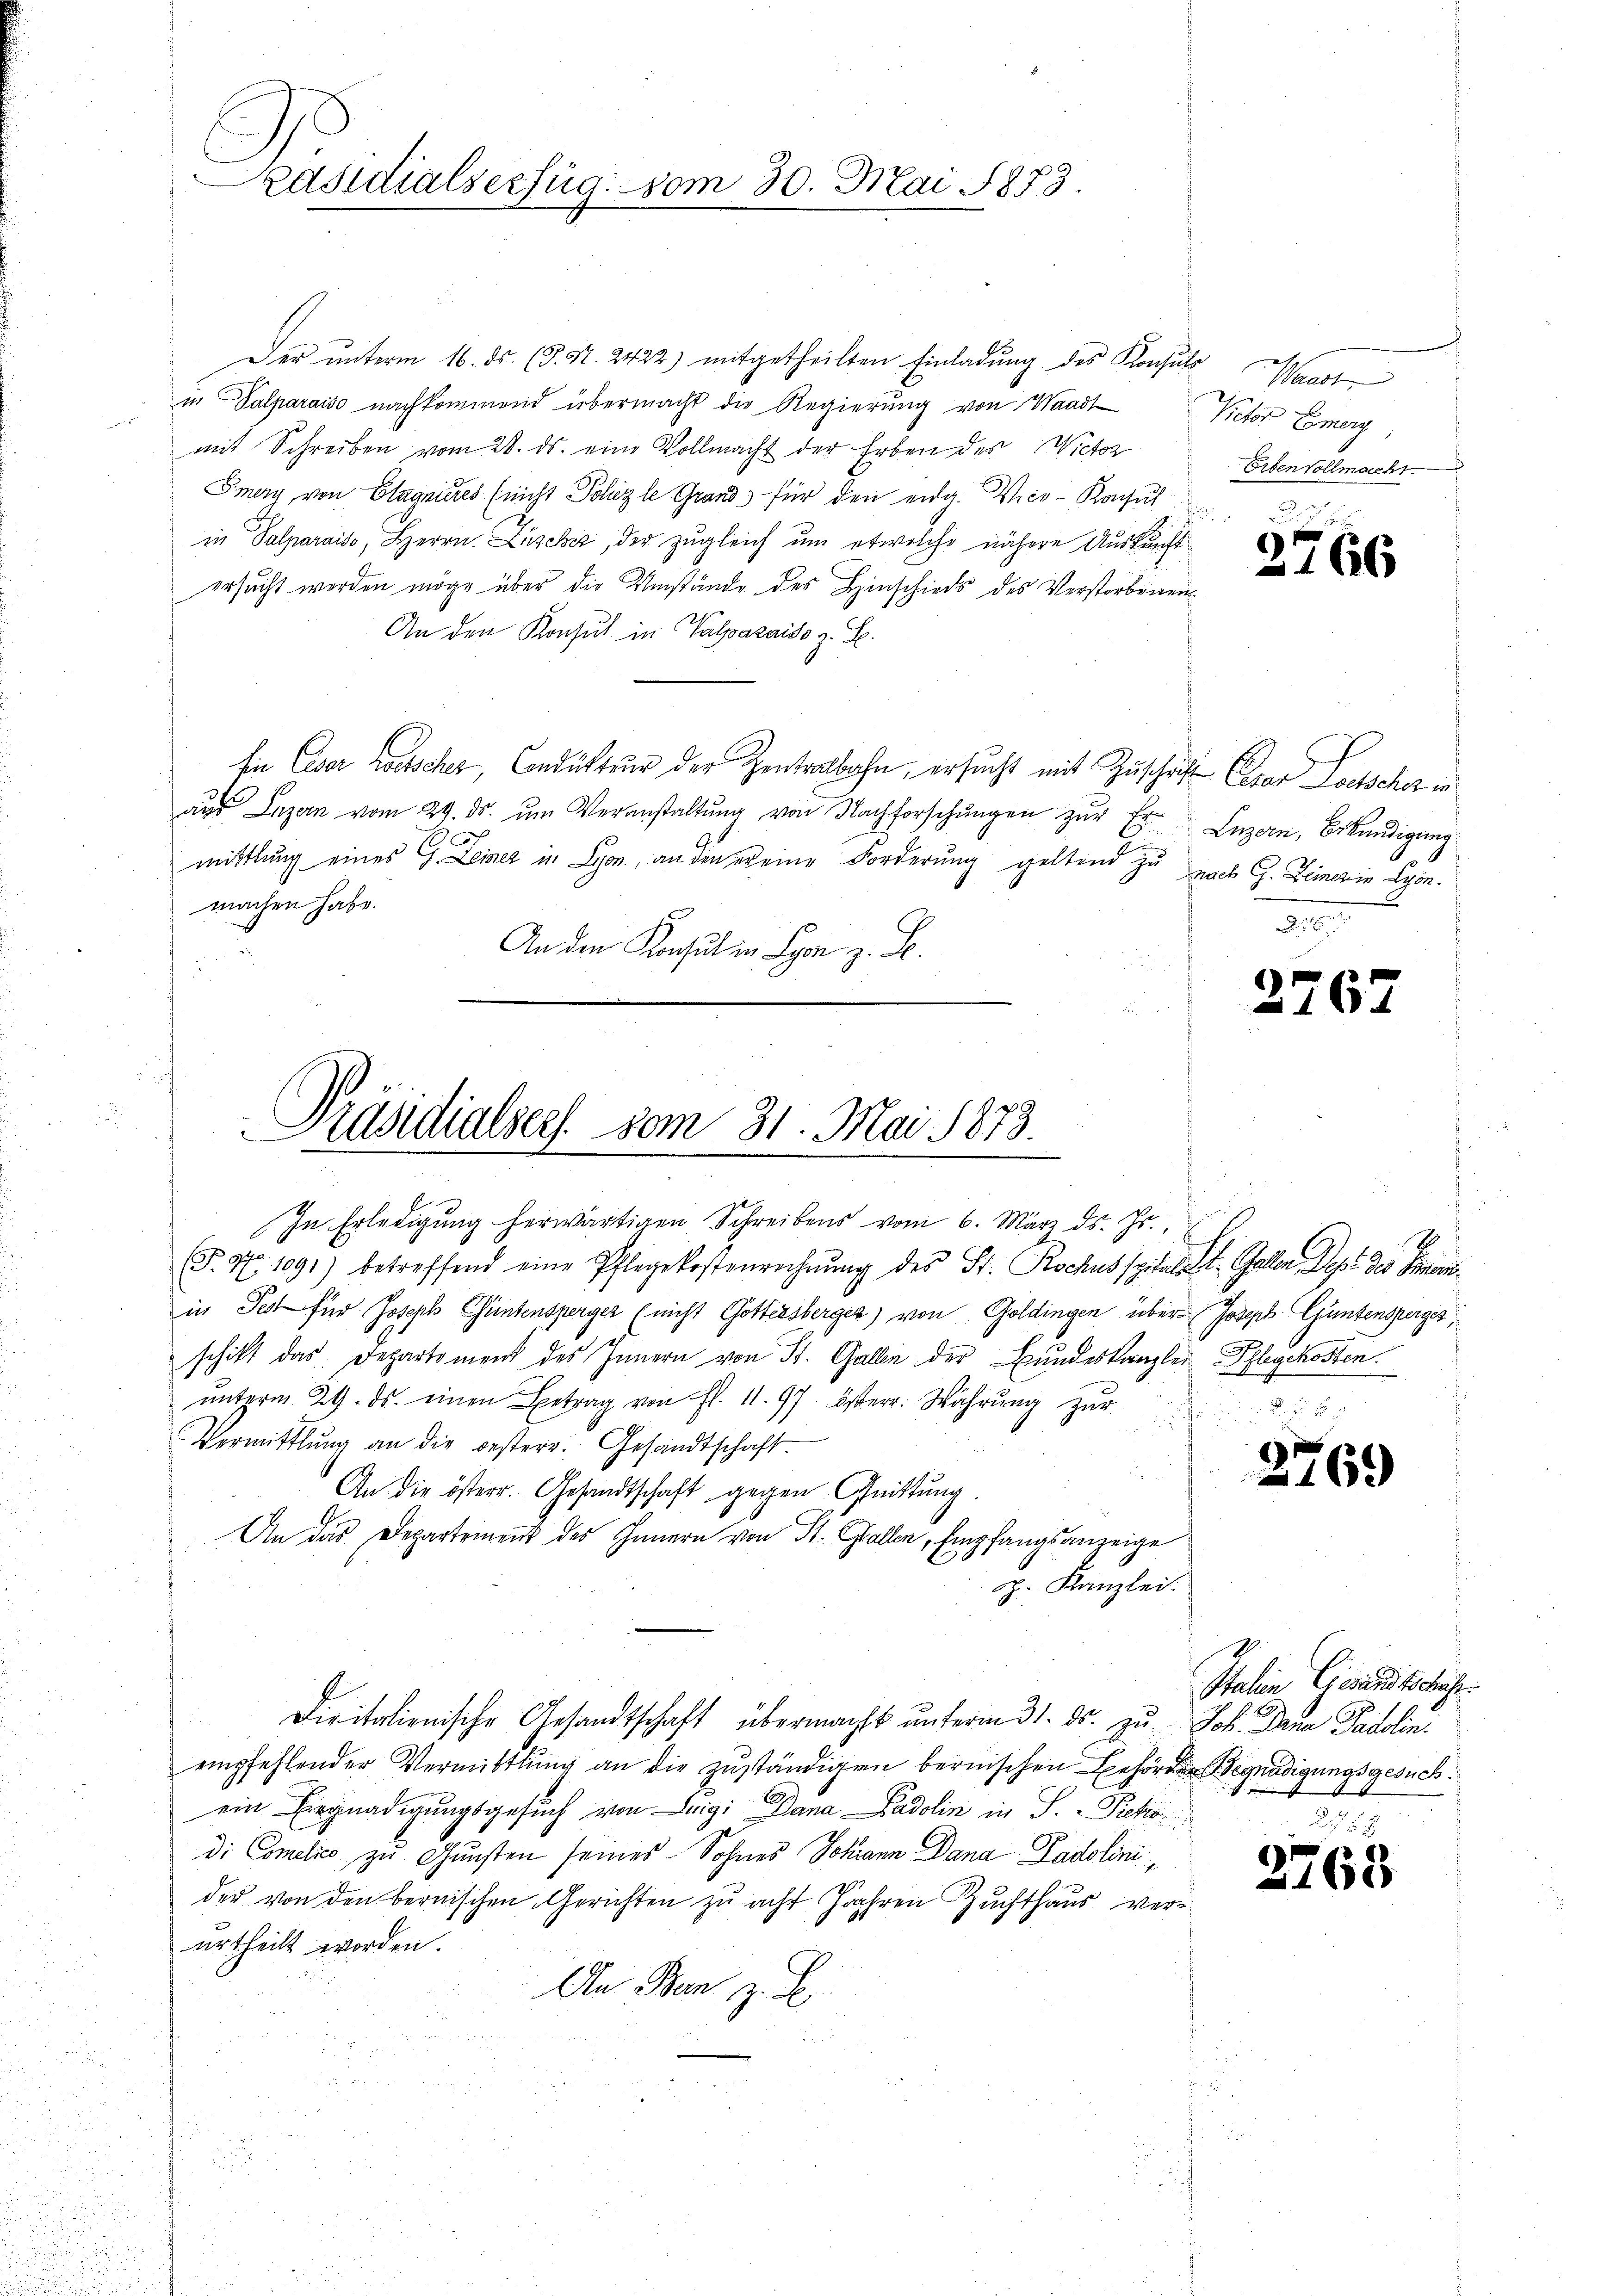
Präsidialserfug: vom 30. Mai 1873.

Der unterm 16. ds. (§. 1. 2422) mitgetheilten Einladung des Konsuls Waadt
in Salparaiso nachkommend übermacht die Regierŭng von Waadt Victor Emery,
mit Schreiben vom 28. ds. eine Vollmacht der Erben des Wictor
Smery, von Clagnieres (nicht Polizle Grand für den eidg. Vice-Konsul
in Palparaiso, Herrn Lüscher, der zugleich um etwelche nähere Auskunft
ersucht werden möge über die Umstände des Hinschieds des Verstorbenen¬
An den Konsul in Palpazaiso z. B.
Ein Eiser witscher, Condukten der Zentralbahn, ersucht mit Zuschrift Czar Loetscher in
aus Luzern vom 29. ds. um Veranstaltung von Nachforschungen zur Er¬
C
mittlung eines G. Leiner in Lyon, an den er eine Forderung geltend zu nach G. Leinerin Lyon.
machen habe.
An den Konsul in Lyon z. B.

Präsidialsers vom 31. Mai 1873.
In Erledigung herwärtigen Schreibens vom 6. März ds. Js.,

T.9 1091) betreffend eine Pflegekostenrechnŭng des St. Kochusspital St. Gallen Dep. des Fran
in Jes für Joseph Güntensperger (nicht Gottersberger) von Goldingen über- Joseph Güntensperger,
schikt das Departement des Innern von St. Gallen der Bundeskanzlei Pflegekosten.
ŭnterm 29. ds. einen Betrag von fl. 11. 97. Österr. Währŭng zŭr
Vermittlung an die besterr. Gesandtschaft
An die österr. Gesandtschaft gegen Quittung.
An das Departement des Innern von St. Gallen, Empfangsanzeige
H. Kanzlei.
Dieitalienische Gesandtschaft übermacht ŭnterm 31. ds. zu Joh. Dana Padolin
empfehlender Vermittlung an die zuständigen bernischen Behören Begnadigungsgesuchein Eingnadigungsgesuch von Luigi Dana Padolin in S. Peti
di Conclico zu Gunsten seines Sohnes Johann Dana Padolini,
der von den bernischen Gerichten zu acht Jahren Zuchthaus verurtheilt worden.
An Den z. B.

Erben Vollmacht.

2766

Luzern, Bekundigung

2769

Stalien Cesandtschieht.

d

765